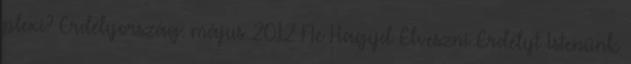
plexi? Erdélyország: május 2012 Ne Hagyd Elveszni Erdélyt Istenünk